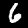
Digit: 6